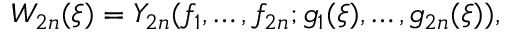
W _ { 2 n } ( \xi ) = Y _ { 2 n } ( f _ { 1 } , \ldots , f _ { 2 n } ; g _ { 1 } ( \xi ) , \ldots , g _ { 2 n } ( \xi ) ) ,